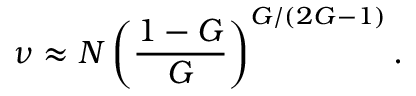
\nu \approx N \left( \frac { 1 - G } { G } \right) ^ { G / ( 2 G - 1 ) } .